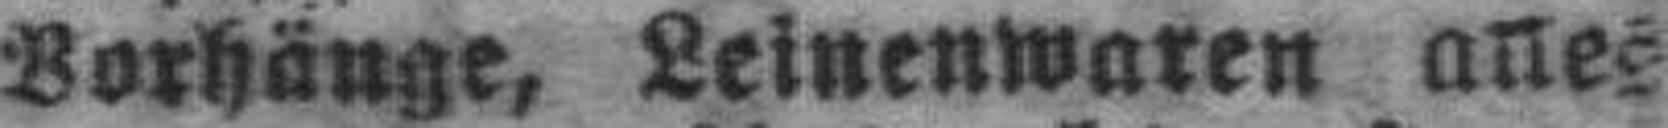
Vorhänge, Leinenwaren alles